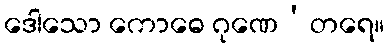
ဒေါသော ကောဓေ ဂုဏေ’တရေ။